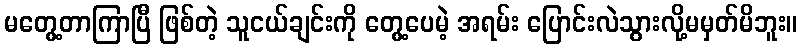
မတွေ့တာကြာပြီ ဖြစ်တဲ့ သူငယ်ချင်းကို တွေ့ပေမဲ့ အရမ်း ပြောင်းလဲသွားလို့မမှတ်မိဘူး။